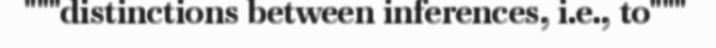
"""distinctions between inferences, i.e., to"""